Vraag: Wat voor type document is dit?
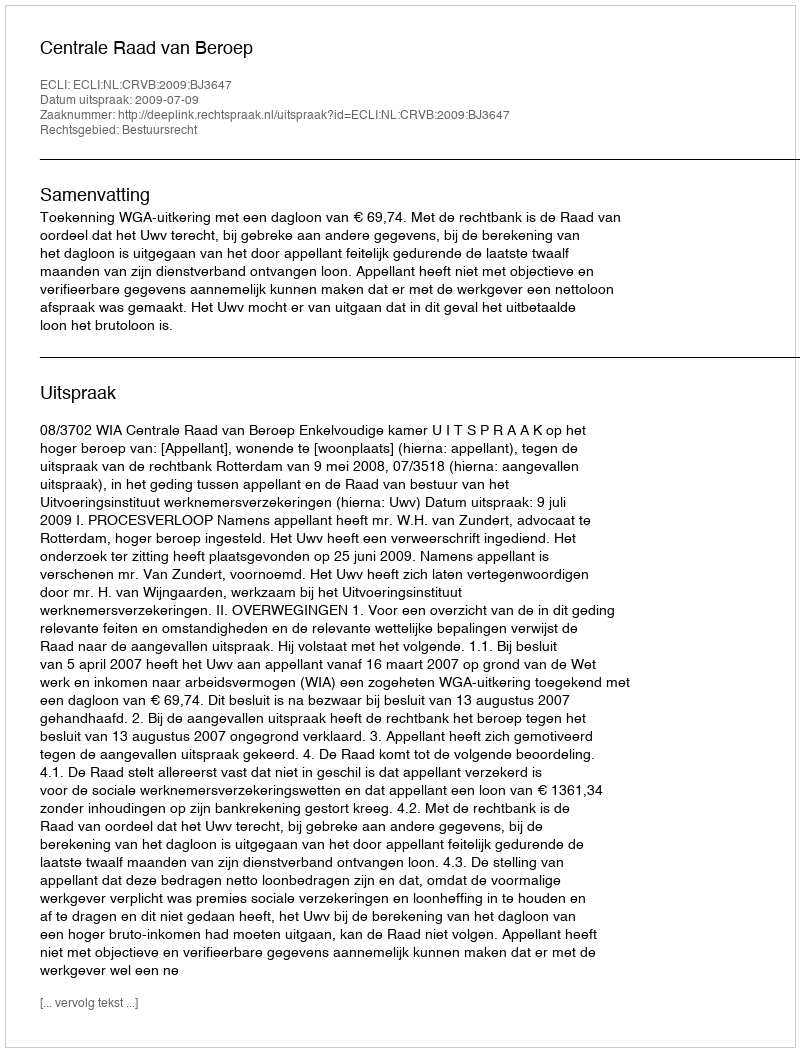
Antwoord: Uitspraak